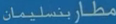
مطار-بنسلمان